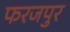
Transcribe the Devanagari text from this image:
फरजपुर